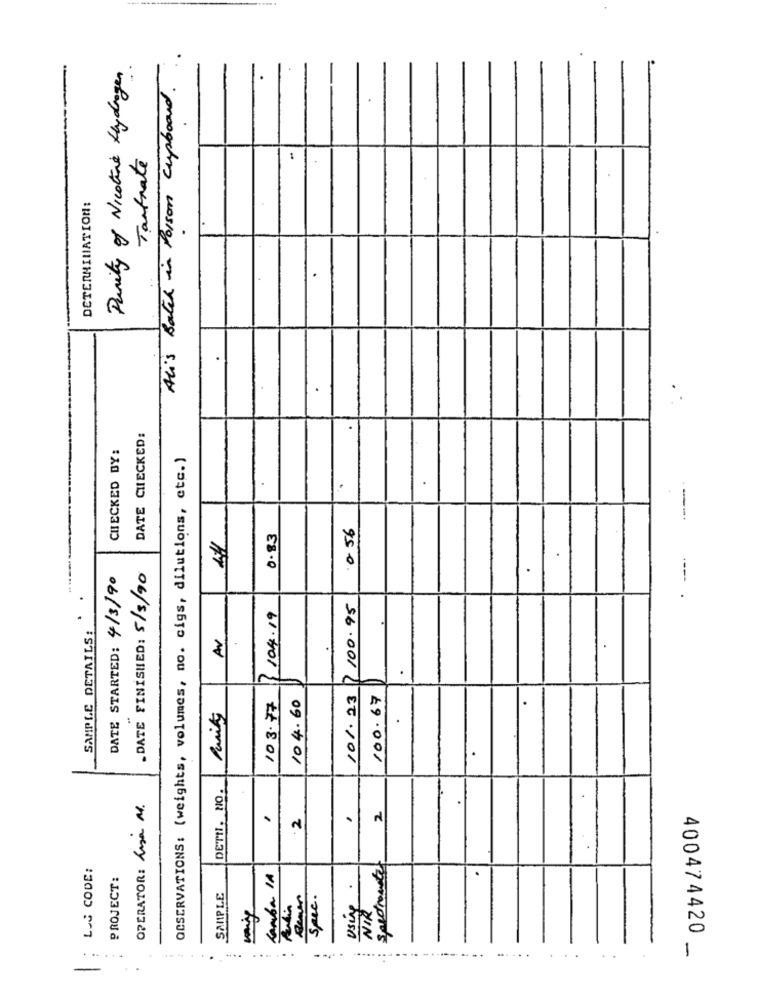
Purity of Nicotine Lhydrogen
Ali's Batch in Poison cupboard.
Tartrate
1
DETERMINATION:
.
DATE CHECKED:
CHECKED BY:
OBSERVATIONS: (weights, volumes, no. cigs, dilutions, etc.)
----
0.56
0.83
41
---.
DATE STARTED: 4/3/90
.DATE FINISHED: 5/5/90
100.95
1104.19
SAMPLE DETAILS:
Av
104.60
101.23
100.67
103.77
DETH, NO.
OPERATOR: Lusa M.
2
2
LOS CODE:
Spectrometer
PROJECT:
Jamba IA
using
SMIPLE
spec .
.
NIR.
-
400474420
...
......
--...
-